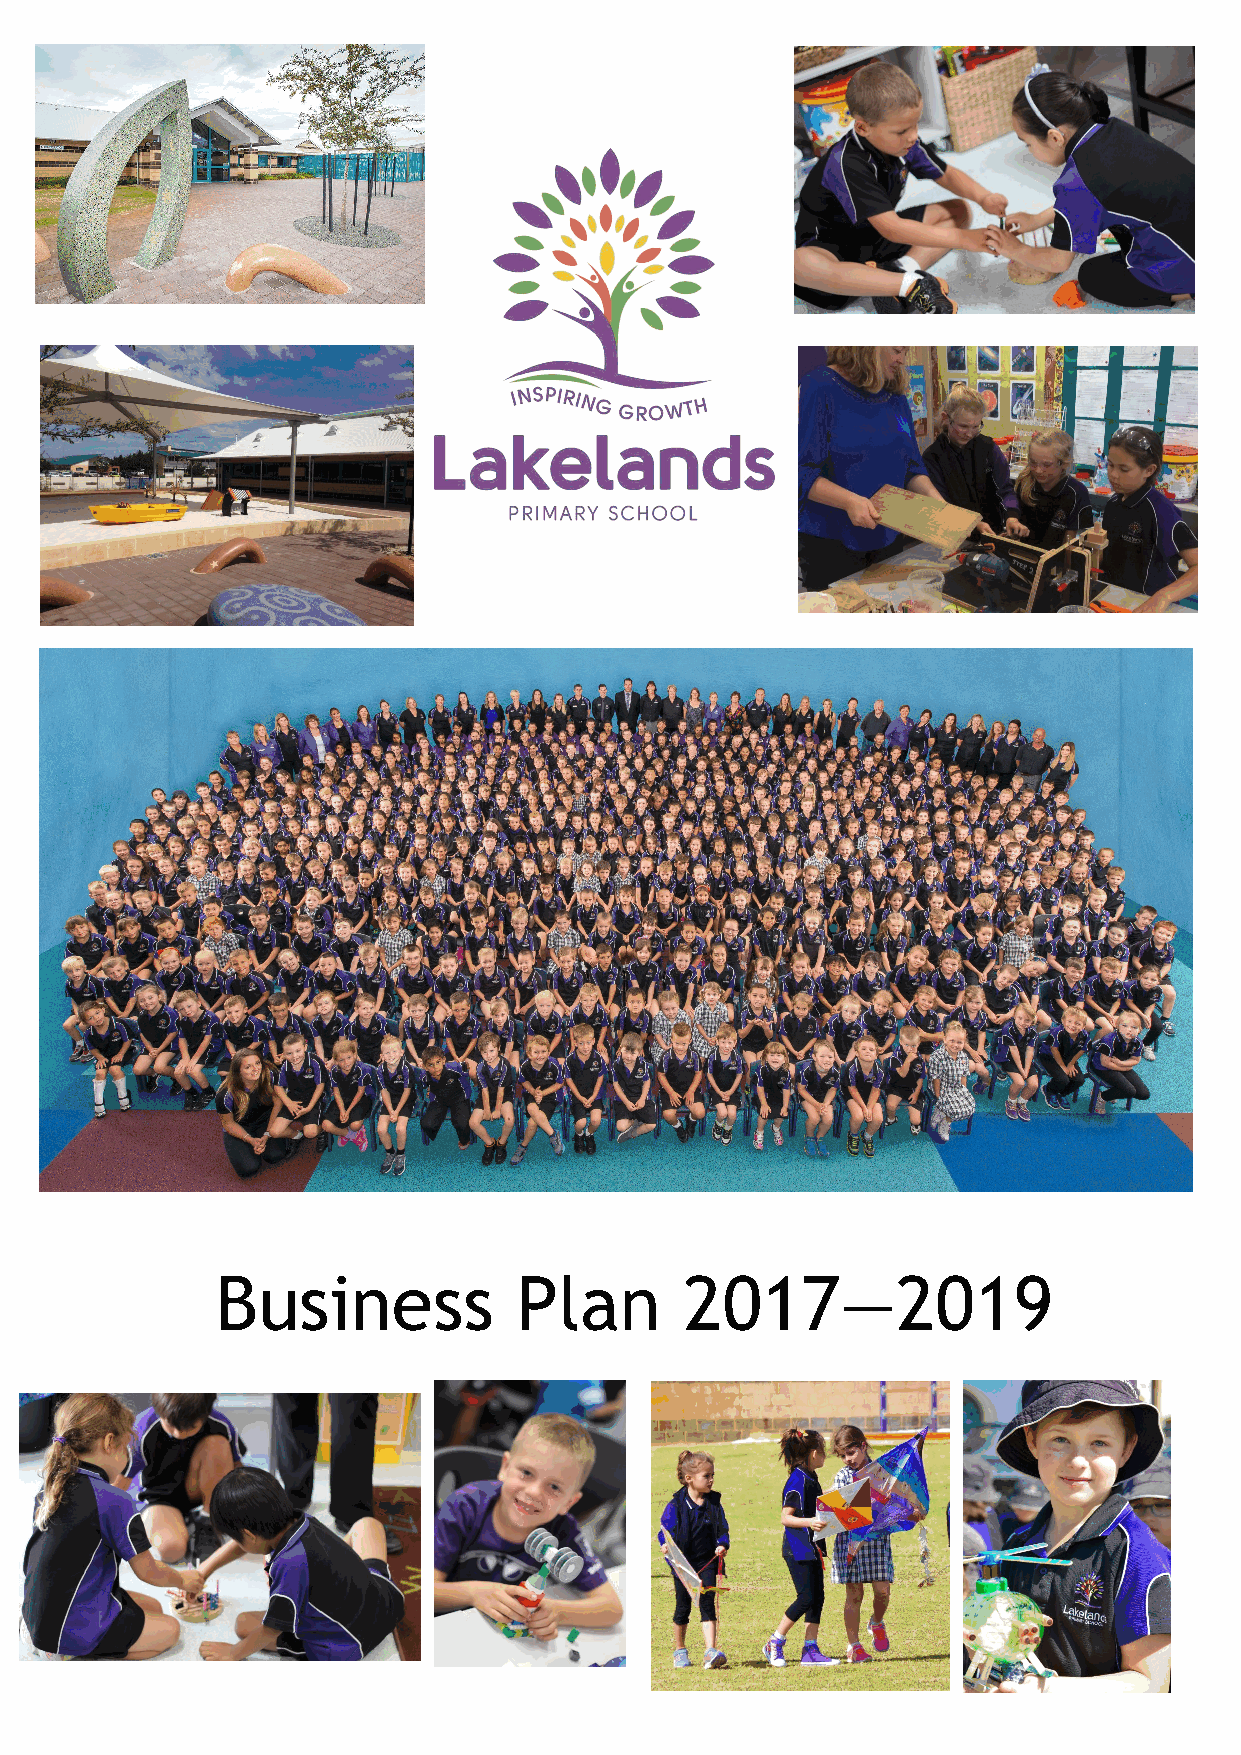
Business            Plan       2017—2019